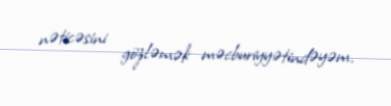
nəticəsini gözləmək məcburiyyətindəyəm.